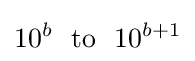
10^{b}\ \ {\text{to}}\ \ 10^{b+1}